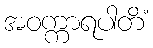
အဝက္ကာရပါတိံ